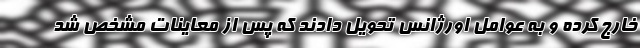
خارج کرده و به عوامل اورژانس تحویل دادند که پس از معاینات مشخص شد